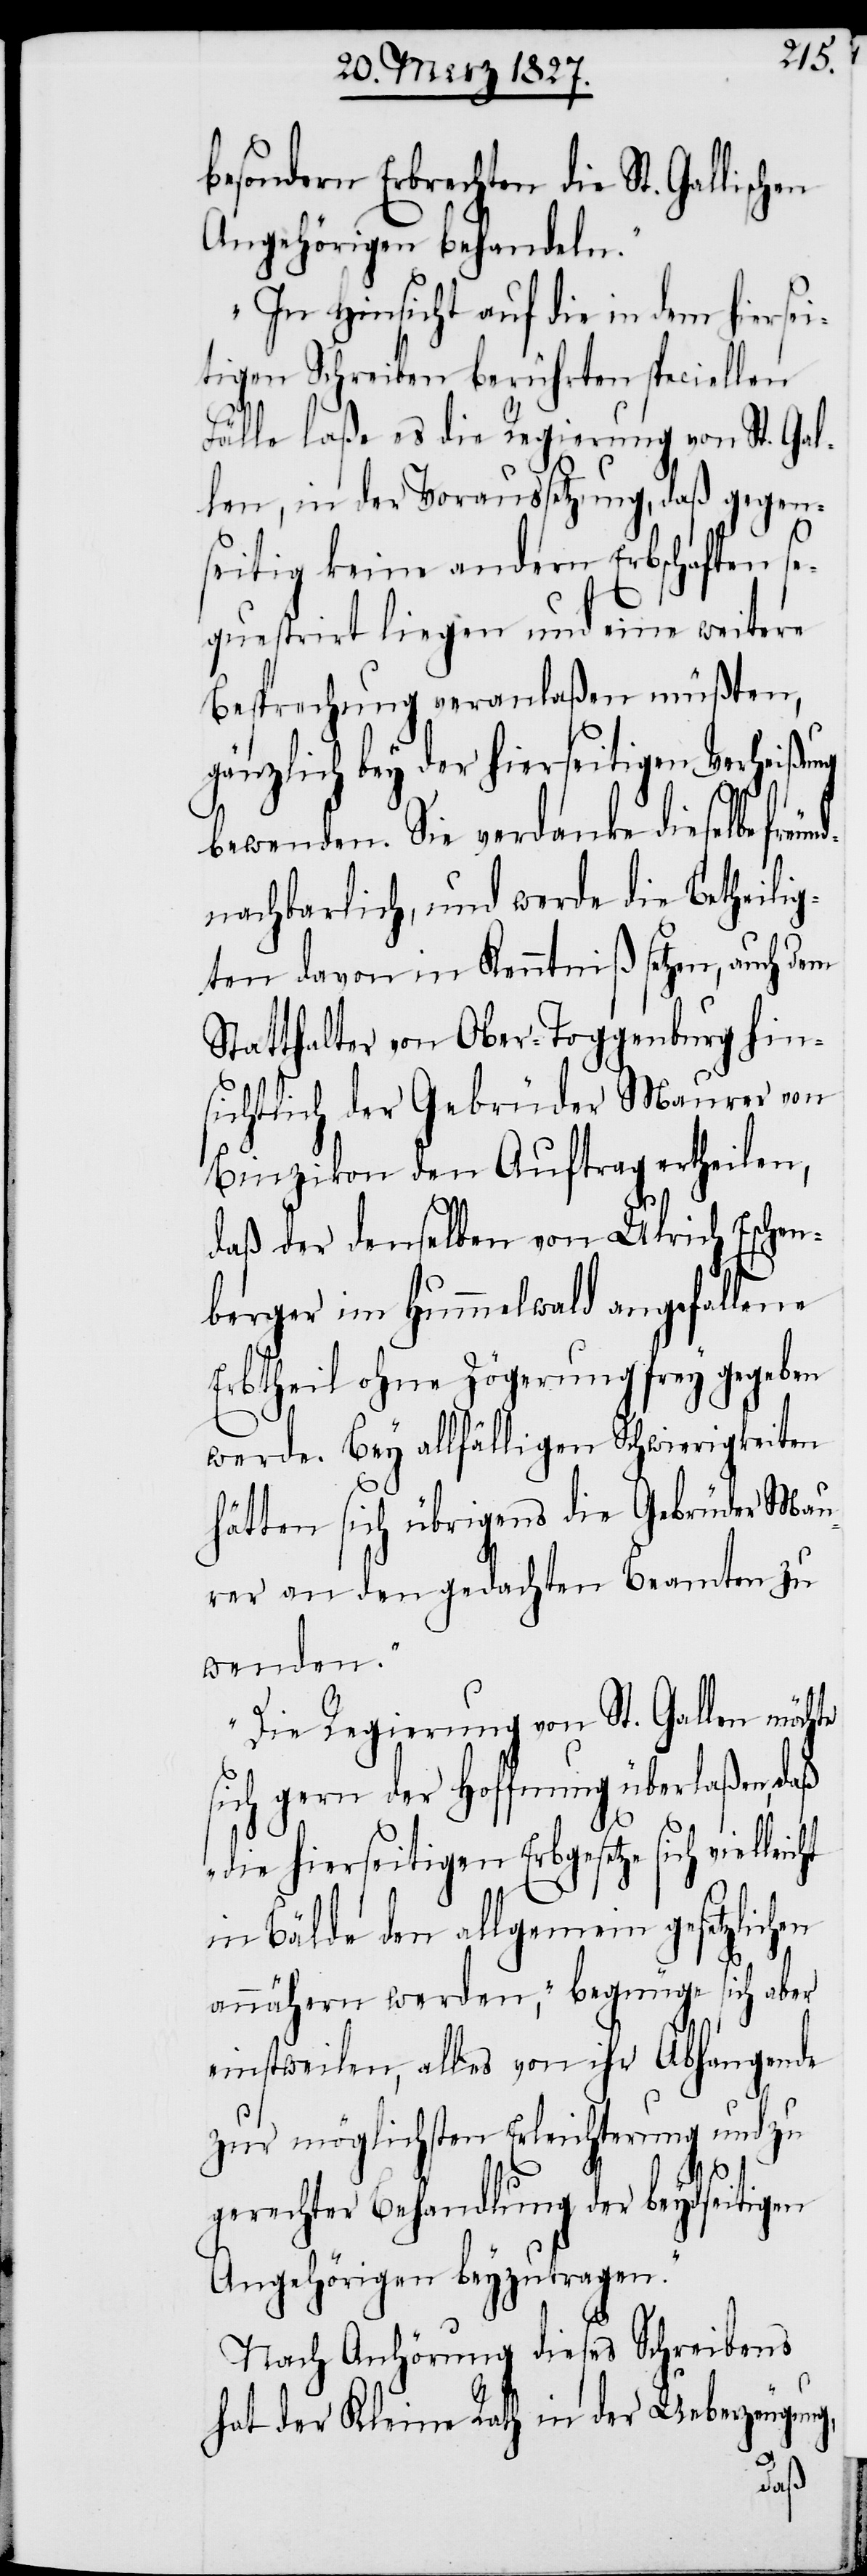
besondern Erbrechten die St. Gallischen
Angehörigen behandeln.“
„In Hinsicht auf die in dem hiersei¬
tigen Schreiben berührten speciellen
Fälle laße es die Regierung von St. Gal¬
len, in der Voraussetzung, daß gegen¬
seitig keine andern Erbschaften se¬
questirt liegen und eine weitere
Besprechung veranlaßen müßten,
gänzlich bey der hierseitigen Verheißung
bewenden. Sie verdanke dieselbe fre¬
nachbarlich, und werde die Betheilig¬
ten davon in Kenntniß setzten, auch
Statthalter von Ober-Toggenburg hin¬
sichtlich der Gebrüder Maurer von
Binzikon den Auftrag ertheilen,
daß der denselben von Ulrich Eschen¬
berger im Hummelwald angefallene
Erbtheil ohne Zögerung frey gegeben
werde. Bey allfälligen Schwierigkeiten
hätten sich übrigens die Gebrüder Mau¬
rer an den gedachten Beamten zu
wenden.“
„Die Regierung von St. Gallen möchte
sich gern der Hoffnung überlaßen, daß
„die hierseitigen Erbgesetze sich
in Bälde den allgemein gesetzlichen
annähern werden,“ begnüge sich aber
einstweilen, alles von ihr Abhangende
zur möglichsten Erleichterung und zu
gerechter Behandlung der beydseitigen
Angehörigen beyzutragen.“
Nach Anhörung dieses Schreibens
hat der Kleine Rath in der Überzeugung,
und¬